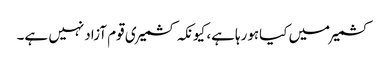
کشمیرمیں کیاہورہاہے، کیونکہ کشمیری قوم آزادنہیں ہے۔